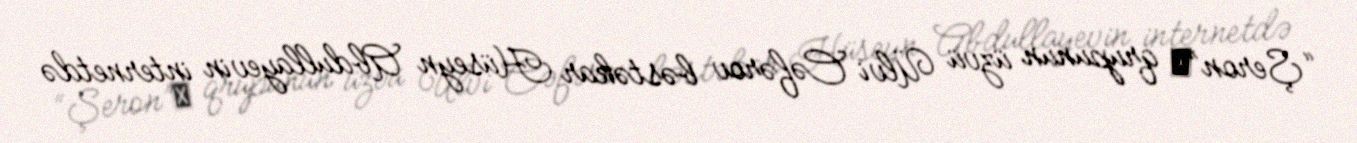
“Şeron” qrupunun üzvü Ülvi Cəfərov bəstəkar Hüseyn Abdullayevin internetdə